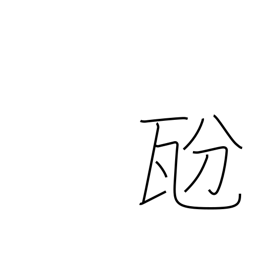
Meaning: decigram